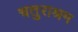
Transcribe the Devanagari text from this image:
चतुराश्रम